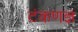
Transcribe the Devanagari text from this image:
टंकणज्ञ